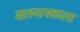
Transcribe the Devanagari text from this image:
खलनायकाला